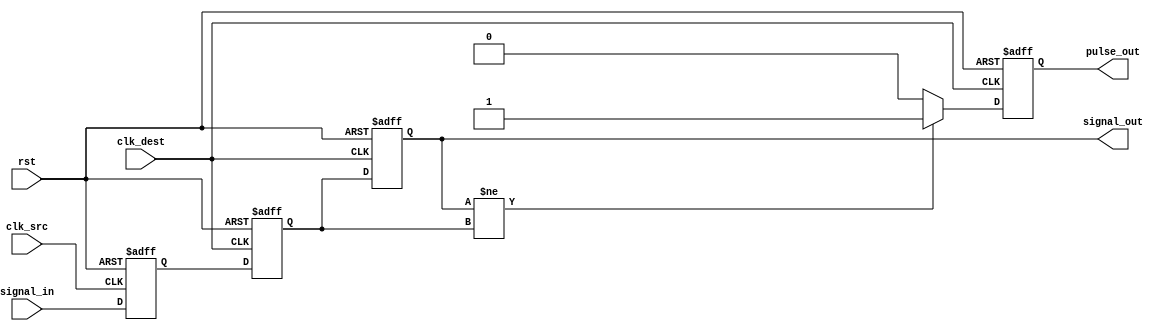
module pulsed_synchronizer (
    input wire clk_src,         // Source clock
    input wire clk_dest,        // Destination clock
    input wire rst,             // Asynchronous reset
    input wire signal_in,       // Input signal to be synchronized
    output reg signal_out,      // Synchronized output signal
    output reg pulse_out        // Pulse output indicating signal capture
);

    // Internal signals
    reg signal_sync1;           // Intermediate signal after first flip-flop
    reg signal_sync2;           // Final synchronized signal

    // First flip-flop: samples the input signal on clk_src
    always @(posedge clk_src or posedge rst) begin
        if (rst) begin
            signal_sync1 <= 1'b0;
        end else begin
            signal_sync1 <= signal_in;
        end
    end

    // Second flip-flop: samples the output of the first flip-flop on clk_dest
    always @(posedge clk_dest or posedge rst) begin
        if (rst) begin
            signal_sync2 <= 1'b0;
            signal_out <= 1'b0;
            pulse_out <= 1'b0;
        end else begin
            signal_sync2 <= signal_sync1;
            signal_out <= signal_sync2;

            // Generate pulse when signal_out changes
            if (signal_out != signal_sync2) begin
                pulse_out <= 1'b1; // Generate pulse
            end else begin
                pulse_out <= 1'b0; // Clear pulse
            end
        end
    end

endmodule